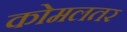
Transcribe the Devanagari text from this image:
कोमलतर